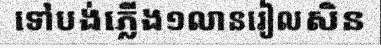
ទៅបង់ភ្លើង១លានរៀលសិន